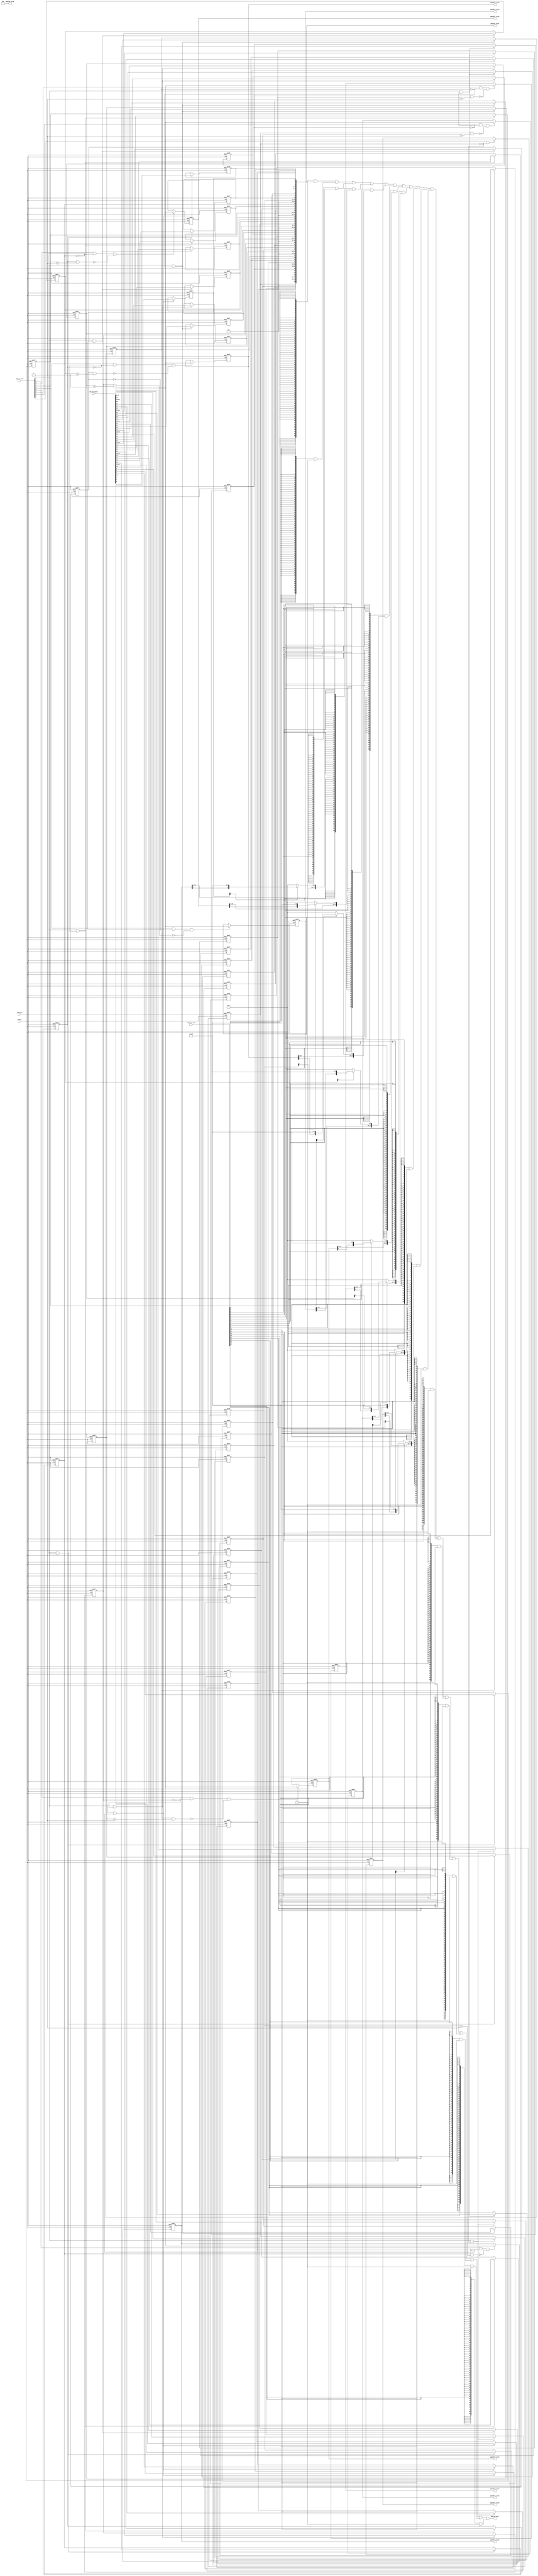
/*Copyright 2020-2021 T-Head Semiconductor Co., Ltd.

Licensed under the Apache License, Version 2.0 (the "License");
you may not use this file except in compliance with the License.
You may obtain a copy of the License at

    http://www.apache.org/licenses/LICENSE-2.0

Unless required by applicable law or agreed to in writing, software
distributed under the License is distributed on an "AS IS" BASIS,
WITHOUT WARRANTIES OR CONDITIONS OF ANY KIND, either express or implied.
See the License for the specific language governing permissions and
limitations under the License.
*/
module aq_pmp_regs(
  cp0_pmp_wdata,
  cpuclk,
  cpurst_b,
  pmp_cp0_data,
  pmp_csr_sel,
  pmp_csr_wen,
  pmpaddr0_value,
  pmpaddr1_value,
  pmpaddr2_value,
  pmpaddr3_value,
  pmpaddr4_value,
  pmpaddr5_value,
  pmpaddr6_value,
  pmpaddr7_value,
  pmpcfg0_value,
  pmpcfg2_value
);

// &Ports; @24
input   [63:0]  cp0_pmp_wdata;      
input           cpuclk;             
input           cpurst_b;           
input   [17:0]  pmp_csr_sel;        
input   [17:0]  pmp_csr_wen;        
output  [63:0]  pmp_cp0_data;       
output  [28:0]  pmpaddr0_value;     
output  [28:0]  pmpaddr1_value;     
output  [28:0]  pmpaddr2_value;     
output  [28:0]  pmpaddr3_value;     
output  [28:0]  pmpaddr4_value;     
output  [28:0]  pmpaddr5_value;     
output  [28:0]  pmpaddr6_value;     
output  [28:0]  pmpaddr7_value;     
output  [63:0]  pmpcfg0_value;      
output  [63:0]  pmpcfg2_value;      

// &Regs; @25
reg     [1 :0]  pmp0cfg_addr_mode;  
reg             pmp0cfg_executeable; 
reg             pmp0cfg_lock;       
reg             pmp0cfg_readable;   
reg             pmp0cfg_writable;   
reg     [1 :0]  pmp1cfg_addr_mode;  
reg             pmp1cfg_executeable; 
reg             pmp1cfg_lock;       
reg             pmp1cfg_readable;   
reg             pmp1cfg_writable;   
reg     [1 :0]  pmp2cfg_addr_mode;  
reg             pmp2cfg_executeable; 
reg             pmp2cfg_lock;       
reg             pmp2cfg_readable;   
reg             pmp2cfg_writable;   
reg     [1 :0]  pmp3cfg_addr_mode;  
reg             pmp3cfg_executeable; 
reg             pmp3cfg_lock;       
reg             pmp3cfg_readable;   
reg             pmp3cfg_writable;   
reg     [1 :0]  pmp4cfg_addr_mode;  
reg             pmp4cfg_executeable; 
reg             pmp4cfg_lock;       
reg             pmp4cfg_readable;   
reg             pmp4cfg_writable;   
reg     [1 :0]  pmp5cfg_addr_mode;  
reg             pmp5cfg_executeable; 
reg             pmp5cfg_lock;       
reg             pmp5cfg_readable;   
reg             pmp5cfg_writable;   
reg     [1 :0]  pmp6cfg_addr_mode;  
reg             pmp6cfg_executeable; 
reg             pmp6cfg_lock;       
reg             pmp6cfg_readable;   
reg             pmp6cfg_writable;   
reg     [1 :0]  pmp7cfg_addr_mode;  
reg             pmp7cfg_executeable; 
reg             pmp7cfg_lock;       
reg             pmp7cfg_readable;   
reg             pmp7cfg_writable;   
reg     [28:0]  pmpaddr0_value;     
reg     [28:0]  pmpaddr1_value;     
reg     [28:0]  pmpaddr2_value;     
reg     [28:0]  pmpaddr3_value;     
reg     [28:0]  pmpaddr4_value;     
reg     [28:0]  pmpaddr5_value;     
reg     [28:0]  pmpaddr6_value;     
reg     [28:0]  pmpaddr7_value;     

// &Wires; @26
wire    [63:0]  cp0_pmp_wdata;      
wire            cpuclk;             
wire            cpurst_b;           
wire    [63:0]  pmp_cp0_data;       
wire    [17:0]  pmp_csr_sel;        
wire    [17:0]  pmp_csr_wen;        
wire            pmp_updt_pmp0cfg;   
wire            pmp_updt_pmp1cfg;   
wire            pmp_updt_pmp2cfg;   
wire            pmp_updt_pmp3cfg;   
wire            pmp_updt_pmp4cfg;   
wire            pmp_updt_pmp5cfg;   
wire            pmp_updt_pmp6cfg;   
wire            pmp_updt_pmp7cfg;   
wire            pmp_updt_pmpaddr0;  
wire            pmp_updt_pmpaddr1;  
wire            pmp_updt_pmpaddr2;  
wire            pmp_updt_pmpaddr3;  
wire            pmp_updt_pmpaddr4;  
wire            pmp_updt_pmpaddr5;  
wire            pmp_updt_pmpaddr6;  
wire            pmp_updt_pmpaddr7;  
wire    [9 :0]  pmpaddr0_low;       
wire    [9 :0]  pmpaddr10_low;      
wire    [28:0]  pmpaddr10_value;    
wire    [9 :0]  pmpaddr11_low;      
wire    [28:0]  pmpaddr11_value;    
wire    [9 :0]  pmpaddr12_low;      
wire    [28:0]  pmpaddr12_value;    
wire    [9 :0]  pmpaddr13_low;      
wire    [28:0]  pmpaddr13_value;    
wire    [9 :0]  pmpaddr14_low;      
wire    [28:0]  pmpaddr14_value;    
wire    [9 :0]  pmpaddr15_low;      
wire    [28:0]  pmpaddr15_value;    
wire    [9 :0]  pmpaddr1_low;       
wire    [9 :0]  pmpaddr2_low;       
wire    [9 :0]  pmpaddr3_low;       
wire    [9 :0]  pmpaddr4_low;       
wire    [9 :0]  pmpaddr5_low;       
wire    [9 :0]  pmpaddr6_low;       
wire    [9 :0]  pmpaddr7_low;       
wire    [9 :0]  pmpaddr8_low;       
wire    [28:0]  pmpaddr8_value;     
wire    [9 :0]  pmpaddr9_low;       
wire    [28:0]  pmpaddr9_value;     
wire    [63:0]  pmpcfg0_value;      
wire    [63:0]  pmpcfg2_value;      


parameter ADDR_WIDTH = 28+1;

// &Force("bus", "pmp_csr_wen", 17, 0); @30
//==========================================================
//                PMP Entry Configuration Register
//==========================================================
//------------------------------------------------
//pmpcfg0 register
//------------------------------------------------
assign pmp_updt_pmp0cfg = pmp_csr_wen[0] && !pmp0cfg_lock;
always @(posedge cpuclk or negedge cpurst_b)
begin
  if(!cpurst_b)
  begin
    pmp0cfg_readable       <= 1'b0;
    pmp0cfg_writable       <= 1'b0;
    pmp0cfg_executeable    <= 1'b0;
    pmp0cfg_addr_mode[1:0] <= 2'b0;
    pmp0cfg_lock           <= 1'b0;
  end
  else if(pmp_updt_pmp0cfg)
  begin
    pmp0cfg_readable       <= cp0_pmp_wdata[0];
    pmp0cfg_writable       <= cp0_pmp_wdata[1];
    pmp0cfg_executeable    <= cp0_pmp_wdata[2];
    pmp0cfg_addr_mode[1:0] <= cp0_pmp_wdata[4:3];
    pmp0cfg_lock           <= cp0_pmp_wdata[7];
  end
  else
  begin
    pmp0cfg_readable       <= pmp0cfg_readable;     
    pmp0cfg_writable       <= pmp0cfg_writable;     
    pmp0cfg_executeable    <= pmp0cfg_executeable;     
    pmp0cfg_addr_mode[1:0] <= pmp0cfg_addr_mode[1:0];
    pmp0cfg_lock           <= pmp0cfg_lock;     
  end
end

assign pmp_updt_pmp1cfg = pmp_csr_wen[0] && !pmp1cfg_lock;
always @(posedge cpuclk or negedge cpurst_b)
begin
  if(!cpurst_b)
  begin
    pmp1cfg_readable       <= 1'b0;
    pmp1cfg_writable       <= 1'b0;
    pmp1cfg_executeable    <= 1'b0;
    pmp1cfg_addr_mode[1:0] <= 2'b0;
    pmp1cfg_lock           <= 1'b0;
  end
  else if(pmp_updt_pmp1cfg)
  begin
    pmp1cfg_readable       <= cp0_pmp_wdata[8];
    pmp1cfg_writable       <= cp0_pmp_wdata[9];
    pmp1cfg_executeable    <= cp0_pmp_wdata[10];
    pmp1cfg_addr_mode[1:0] <= cp0_pmp_wdata[12:11];
    pmp1cfg_lock           <= cp0_pmp_wdata[15];
  end
  else
  begin
    pmp1cfg_readable       <= pmp1cfg_readable;     
    pmp1cfg_writable       <= pmp1cfg_writable;     
    pmp1cfg_executeable    <= pmp1cfg_executeable;     
    pmp1cfg_addr_mode[1:0] <= pmp1cfg_addr_mode[1:0];
    pmp1cfg_lock           <= pmp1cfg_lock;     
  end
end

assign pmp_updt_pmp2cfg = pmp_csr_wen[0] && !pmp2cfg_lock;
always @(posedge cpuclk or negedge cpurst_b)
begin
  if(!cpurst_b)
  begin
    pmp2cfg_readable       <= 1'b0;
    pmp2cfg_writable       <= 1'b0;
    pmp2cfg_executeable    <= 1'b0;
    pmp2cfg_addr_mode[1:0] <= 2'b0;
    pmp2cfg_lock           <= 1'b0;
  end
  else if(pmp_updt_pmp2cfg)
  begin
    pmp2cfg_readable       <= cp0_pmp_wdata[16];
    pmp2cfg_writable       <= cp0_pmp_wdata[17];
    pmp2cfg_executeable    <= cp0_pmp_wdata[18];
    pmp2cfg_addr_mode[1:0] <= cp0_pmp_wdata[20:19];
    pmp2cfg_lock           <= cp0_pmp_wdata[23];
  end
  else
  begin
    pmp2cfg_readable       <= pmp2cfg_readable;     
    pmp2cfg_writable       <= pmp2cfg_writable;     
    pmp2cfg_executeable    <= pmp2cfg_executeable;     
    pmp2cfg_addr_mode[1:0] <= pmp2cfg_addr_mode[1:0];
    pmp2cfg_lock           <= pmp2cfg_lock;     
  end
end

assign pmp_updt_pmp3cfg = pmp_csr_wen[0] && !pmp3cfg_lock;
always @(posedge cpuclk or negedge cpurst_b)
begin
  if(!cpurst_b)
  begin
    pmp3cfg_readable       <= 1'b0;
    pmp3cfg_writable       <= 1'b0;
    pmp3cfg_executeable    <= 1'b0;
    pmp3cfg_addr_mode[1:0] <= 2'b0;
    pmp3cfg_lock           <= 1'b0;
  end
  else if(pmp_updt_pmp3cfg)
  begin
    pmp3cfg_readable       <= cp0_pmp_wdata[24];
    pmp3cfg_writable       <= cp0_pmp_wdata[25];
    pmp3cfg_executeable    <= cp0_pmp_wdata[26];
    pmp3cfg_addr_mode[1:0] <= cp0_pmp_wdata[28:27];
    pmp3cfg_lock           <= cp0_pmp_wdata[31];
  end
  else
  begin
    pmp3cfg_readable       <= pmp3cfg_readable;     
    pmp3cfg_writable       <= pmp3cfg_writable;     
    pmp3cfg_executeable    <= pmp3cfg_executeable;     
    pmp3cfg_addr_mode[1:0] <= pmp3cfg_addr_mode[1:0];
    pmp3cfg_lock           <= pmp3cfg_lock;     
  end
end

assign pmp_updt_pmp4cfg = pmp_csr_wen[0] && !pmp4cfg_lock;
always @(posedge cpuclk or negedge cpurst_b)
begin
  if(!cpurst_b)
  begin
    pmp4cfg_readable       <= 1'b0;
    pmp4cfg_writable       <= 1'b0;
    pmp4cfg_executeable    <= 1'b0;
    pmp4cfg_addr_mode[1:0] <= 2'b0;
    pmp4cfg_lock           <= 1'b0;
  end
  else if(pmp_updt_pmp4cfg)
  begin
    pmp4cfg_readable        <= cp0_pmp_wdata[32];
    pmp4cfg_writable        <= cp0_pmp_wdata[33];
    pmp4cfg_executeable     <= cp0_pmp_wdata[34];
    pmp4cfg_addr_mode[1:0]  <= cp0_pmp_wdata[36:35];
    pmp4cfg_lock            <= cp0_pmp_wdata[39];
  end
  else
  begin
    pmp4cfg_readable       <= pmp4cfg_readable;     
    pmp4cfg_writable       <= pmp4cfg_writable;     
    pmp4cfg_executeable    <= pmp4cfg_executeable;     
    pmp4cfg_addr_mode[1:0] <= pmp4cfg_addr_mode[1:0];
    pmp4cfg_lock           <= pmp4cfg_lock;     
  end
end

assign pmp_updt_pmp5cfg = pmp_csr_wen[0] && !pmp5cfg_lock;
always @(posedge cpuclk or negedge cpurst_b)
begin
  if(!cpurst_b)
  begin
    pmp5cfg_readable       <= 1'b0;
    pmp5cfg_writable       <= 1'b0;
    pmp5cfg_executeable    <= 1'b0;
    pmp5cfg_addr_mode[1:0] <= 2'b0;
    pmp5cfg_lock           <= 1'b0;
  end
  else if(pmp_updt_pmp5cfg)
  begin
    pmp5cfg_readable       <= cp0_pmp_wdata[40];
    pmp5cfg_writable       <= cp0_pmp_wdata[41];
    pmp5cfg_executeable    <= cp0_pmp_wdata[42];
    pmp5cfg_addr_mode[1:0] <= cp0_pmp_wdata[44:43];
    pmp5cfg_lock           <= cp0_pmp_wdata[47];
  end
  else
  begin
    pmp5cfg_readable       <= pmp5cfg_readable;     
    pmp5cfg_writable       <= pmp5cfg_writable;     
    pmp5cfg_executeable    <= pmp5cfg_executeable;     
    pmp5cfg_addr_mode[1:0] <= pmp5cfg_addr_mode[1:0];
    pmp5cfg_lock           <= pmp5cfg_lock;     
  end
end

assign pmp_updt_pmp6cfg = pmp_csr_wen[0] && !pmp6cfg_lock;
always @(posedge cpuclk or negedge cpurst_b)
begin
  if(!cpurst_b)
  begin
    pmp6cfg_readable       <= 1'b0;
    pmp6cfg_writable       <= 1'b0;
    pmp6cfg_executeable    <= 1'b0;
    pmp6cfg_addr_mode[1:0] <= 2'b0;
    pmp6cfg_lock           <= 1'b0;
  end
  else if(pmp_updt_pmp6cfg)
  begin
    pmp6cfg_readable       <= cp0_pmp_wdata[48];
    pmp6cfg_writable       <= cp0_pmp_wdata[49];
    pmp6cfg_executeable    <= cp0_pmp_wdata[50];
    pmp6cfg_addr_mode[1:0] <= cp0_pmp_wdata[52:51];
    pmp6cfg_lock           <= cp0_pmp_wdata[55];
  end
  else
  begin
    pmp6cfg_readable       <= pmp6cfg_readable;     
    pmp6cfg_writable       <= pmp6cfg_writable;     
    pmp6cfg_executeable    <= pmp6cfg_executeable;     
    pmp6cfg_addr_mode[1:0] <= pmp6cfg_addr_mode[1:0];
    pmp6cfg_lock           <= pmp6cfg_lock;     
  end
end

assign pmp_updt_pmp7cfg = pmp_csr_wen[0] && !pmp7cfg_lock;
always @(posedge cpuclk or negedge cpurst_b)
begin
  if(!cpurst_b)
  begin
    pmp7cfg_readable       <= 1'b0;
    pmp7cfg_writable       <= 1'b0;
    pmp7cfg_executeable    <= 1'b0;
    pmp7cfg_addr_mode[1:0] <= 2'b0;
    pmp7cfg_lock           <= 1'b0;
  end
  else if(pmp_updt_pmp7cfg)
  begin
    pmp7cfg_readable       <= cp0_pmp_wdata[56];
    pmp7cfg_writable       <= cp0_pmp_wdata[57];
    pmp7cfg_executeable    <= cp0_pmp_wdata[58];
    pmp7cfg_addr_mode[1:0] <= cp0_pmp_wdata[60:59];
    pmp7cfg_lock           <= cp0_pmp_wdata[63];
  end
  else
  begin
    pmp7cfg_readable       <= pmp7cfg_readable;     
    pmp7cfg_writable       <= pmp7cfg_writable;     
    pmp7cfg_executeable    <= pmp7cfg_executeable;     
    pmp7cfg_addr_mode[1:0] <= pmp7cfg_addr_mode[1:0];
    pmp7cfg_lock           <= pmp7cfg_lock;     
  end
end

//------------------------------------------------
//pmpcfg1 register
//------------------------------------------------

// &Force("output","pmpcfg0_value"); @506
// &Force("output","pmpcfg2_value"); @507
assign pmpcfg0_value[31:0] = {pmp3cfg_lock,2'b0,pmp3cfg_addr_mode[1:0],pmp3cfg_executeable,pmp3cfg_writable,pmp3cfg_readable,
                              pmp2cfg_lock,2'b0,pmp2cfg_addr_mode[1:0],pmp2cfg_executeable,pmp2cfg_writable,pmp2cfg_readable,
                              pmp1cfg_lock,2'b0,pmp1cfg_addr_mode[1:0],pmp1cfg_executeable,pmp1cfg_writable,pmp1cfg_readable,
                              pmp0cfg_lock,2'b0,pmp0cfg_addr_mode[1:0],pmp0cfg_executeable,pmp0cfg_writable,pmp0cfg_readable};
assign pmpcfg0_value[63:32] = {pmp7cfg_lock,2'b0,pmp7cfg_addr_mode[1:0],pmp7cfg_executeable,pmp7cfg_writable,pmp7cfg_readable,
                              pmp6cfg_lock,2'b0,pmp6cfg_addr_mode[1:0],pmp6cfg_executeable,pmp6cfg_writable,pmp6cfg_readable,
                              pmp5cfg_lock,2'b0,pmp5cfg_addr_mode[1:0],pmp5cfg_executeable,pmp5cfg_writable,pmp5cfg_readable,
                              pmp4cfg_lock,2'b0,pmp4cfg_addr_mode[1:0],pmp4cfg_executeable,pmp4cfg_writable,pmp4cfg_readable};

assign pmpcfg2_value[63:0] = 64'b0;


//==========================================================
//                PMP Entry Address Register
//==========================================================
//------------------------------------------------
//pmpaddr0 register
//------------------------------------------------
assign pmp_updt_pmpaddr0 = pmp_csr_wen[2] && !pmpcfg0_value[7] && !(pmpcfg0_value[15] && (pmpcfg0_value[12:11] == 2'b01)) ;
always @(posedge cpuclk or negedge cpurst_b)
begin
  if(!cpurst_b)
    pmpaddr0_value[ADDR_WIDTH-1:0] <= {ADDR_WIDTH{1'b0}};
  else if(pmp_updt_pmpaddr0)
    pmpaddr0_value[ADDR_WIDTH-1:0] <= cp0_pmp_wdata[ADDR_WIDTH+8:9];
  else
    pmpaddr0_value[ADDR_WIDTH-1:0] <= pmpaddr0_value[ADDR_WIDTH-1:0];
end
// &Force("output","pmpaddr0_value"); @547
assign pmpaddr0_low[9:0] = pmp0cfg_addr_mode[1] ? {pmpaddr0_value[0], 9'h1ff} : {10{1'b0}};
assign pmpaddr1_low[9:0] = pmp1cfg_addr_mode[1] ? {pmpaddr1_value[0], 9'h1ff} : {10{1'b0}};
assign pmpaddr2_low[9:0] = pmp2cfg_addr_mode[1] ? {pmpaddr2_value[0], 9'h1ff} : {10{1'b0}};
assign pmpaddr3_low[9:0] = pmp3cfg_addr_mode[1] ? {pmpaddr3_value[0], 9'h1ff} : {10{1'b0}};
assign pmpaddr4_low[9:0] = pmp4cfg_addr_mode[1] ? {pmpaddr4_value[0], 9'h1ff} : {10{1'b0}};
assign pmpaddr5_low[9:0] = pmp5cfg_addr_mode[1] ? {pmpaddr5_value[0], 9'h1ff} : {10{1'b0}};
assign pmpaddr6_low[9:0] = pmp6cfg_addr_mode[1] ? {pmpaddr6_value[0], 9'h1ff} : {10{1'b0}};
assign pmpaddr7_low[9:0] = pmp7cfg_addr_mode[1] ? {pmpaddr7_value[0], 9'h1ff} : {10{1'b0}};

assign pmp_updt_pmpaddr1 = pmp_csr_wen[3] && !pmpcfg0_value[15] && !(pmpcfg0_value[23] && (pmpcfg0_value[20:19] == 2'b01));
always @(posedge cpuclk or negedge cpurst_b)
begin
  if(!cpurst_b)
    pmpaddr1_value[ADDR_WIDTH-1:0] <= {ADDR_WIDTH{1'b0}};
  else if(pmp_updt_pmpaddr1)
    pmpaddr1_value[ADDR_WIDTH-1:0] <= cp0_pmp_wdata[ADDR_WIDTH+8:9];
  else
    pmpaddr1_value[ADDR_WIDTH-1:0] <= pmpaddr1_value[ADDR_WIDTH-1:0];
end
// &Force("output","pmpaddr1_value"); @567

assign pmp_updt_pmpaddr2 = pmp_csr_wen[4] && !pmpcfg0_value[23] && !(pmpcfg0_value[31] && (pmpcfg0_value[28:27] == 2'b01));
always @(posedge cpuclk or negedge cpurst_b)
begin
  if(!cpurst_b)
    pmpaddr2_value[ADDR_WIDTH-1:0] <= {ADDR_WIDTH{1'b0}};
  else if(pmp_updt_pmpaddr2)
    pmpaddr2_value[ADDR_WIDTH-1:0] <= cp0_pmp_wdata[ADDR_WIDTH+8:9];
  else
    pmpaddr2_value[ADDR_WIDTH-1:0] <= pmpaddr2_value[ADDR_WIDTH-1:0];
end
// &Force("output","pmpaddr2_value"); @579

assign pmp_updt_pmpaddr3 = pmp_csr_wen[5] && !pmpcfg0_value[31] && !(pmpcfg0_value[39] && (pmpcfg0_value[36:35] == 2'b01));
always @(posedge cpuclk or negedge cpurst_b)
begin
  if(!cpurst_b)
    pmpaddr3_value[ADDR_WIDTH-1:0] <= {ADDR_WIDTH{1'b0}};
  else if(pmp_updt_pmpaddr3)
    pmpaddr3_value[ADDR_WIDTH-1:0] <= cp0_pmp_wdata[ADDR_WIDTH+8:9];
  else
    pmpaddr3_value[ADDR_WIDTH-1:0] <= pmpaddr3_value[ADDR_WIDTH-1:0];
end
// &Force("output","pmpaddr3_value"); @591

assign pmp_updt_pmpaddr4 = pmp_csr_wen[6] && !pmpcfg0_value[39] && !(pmpcfg0_value[47] && (pmpcfg0_value[44:43] == 2'b01));
always @(posedge cpuclk or negedge cpurst_b)
begin
  if(!cpurst_b)
    pmpaddr4_value[ADDR_WIDTH-1:0] <= {ADDR_WIDTH{1'b0}};
  else if(pmp_updt_pmpaddr4)
    pmpaddr4_value[ADDR_WIDTH-1:0] <= cp0_pmp_wdata[ADDR_WIDTH+8:9];
  else
    pmpaddr4_value[ADDR_WIDTH-1:0] <= pmpaddr4_value[ADDR_WIDTH-1:0];
end
// &Force("output","pmpaddr4_value"); @603

assign pmp_updt_pmpaddr5 = pmp_csr_wen[7] && !pmpcfg0_value[47] && !(pmpcfg0_value[55] && (pmpcfg0_value[52:51] == 2'b01));
always @(posedge cpuclk or negedge cpurst_b)
begin
  if(!cpurst_b)
    pmpaddr5_value[ADDR_WIDTH-1:0] <= {ADDR_WIDTH{1'b0}};
  else if(pmp_updt_pmpaddr5)
    pmpaddr5_value[ADDR_WIDTH-1:0] <= cp0_pmp_wdata[ADDR_WIDTH+8:9];
  else
    pmpaddr5_value[ADDR_WIDTH-1:0] <= pmpaddr5_value[ADDR_WIDTH-1:0];
end
// &Force("output","pmpaddr5_value"); @615

assign pmp_updt_pmpaddr6 = pmp_csr_wen[8] && !pmpcfg0_value[55] && !(pmpcfg0_value[63] && (pmpcfg0_value[60:59] == 2'b01));
always @(posedge cpuclk or negedge cpurst_b)
begin
  if(!cpurst_b)
    pmpaddr6_value[ADDR_WIDTH-1:0] <= {ADDR_WIDTH{1'b0}};
  else if(pmp_updt_pmpaddr6)
    pmpaddr6_value[ADDR_WIDTH-1:0] <= cp0_pmp_wdata[ADDR_WIDTH+8:9];
  else
    pmpaddr6_value[ADDR_WIDTH-1:0] <= pmpaddr6_value[ADDR_WIDTH-1:0];
end
// &Force("output","pmpaddr6_value"); @627

assign pmp_updt_pmpaddr7 = pmp_csr_wen[9] && !pmpcfg0_value[63] && !(pmpcfg2_value[7] && (pmpcfg2_value[4:3] == 2'b01));
always @(posedge cpuclk or negedge cpurst_b)
begin
  if(!cpurst_b)
    pmpaddr7_value[ADDR_WIDTH-1:0] <= {ADDR_WIDTH{1'b0}};
  else if(pmp_updt_pmpaddr7)
    pmpaddr7_value[ADDR_WIDTH-1:0] <= cp0_pmp_wdata[ADDR_WIDTH+8:9];
  else
    pmpaddr7_value[ADDR_WIDTH-1:0] <= pmpaddr7_value[ADDR_WIDTH-1:0];
end
// &Force("output","pmpaddr7_value"); @639

assign pmpaddr8_value[ADDR_WIDTH-1:0]  = {ADDR_WIDTH{1'b0}};
assign pmpaddr9_value[ADDR_WIDTH-1:0]  = {ADDR_WIDTH{1'b0}};
assign pmpaddr10_value[ADDR_WIDTH-1:0] = {ADDR_WIDTH{1'b0}};
assign pmpaddr11_value[ADDR_WIDTH-1:0] = {ADDR_WIDTH{1'b0}};
assign pmpaddr12_value[ADDR_WIDTH-1:0] = {ADDR_WIDTH{1'b0}};
assign pmpaddr13_value[ADDR_WIDTH-1:0] = {ADDR_WIDTH{1'b0}};
assign pmpaddr14_value[ADDR_WIDTH-1:0] = {ADDR_WIDTH{1'b0}};
assign pmpaddr15_value[ADDR_WIDTH-1:0] = {ADDR_WIDTH{1'b0}};

assign pmpaddr8_low[9:0]  = {10{1'b0}};
assign pmpaddr9_low[9:0]  = {10{1'b0}};
assign pmpaddr10_low[9:0] = {10{1'b0}};
assign pmpaddr11_low[9:0] = {10{1'b0}};
assign pmpaddr12_low[9:0] = {10{1'b0}};
assign pmpaddr13_low[9:0] = {10{1'b0}};
assign pmpaddr14_low[9:0] = {10{1'b0}};
assign pmpaddr15_low[9:0] = {10{1'b0}};

// &Force("output","pmpaddr8_value"); @672
// &Force("output","pmpaddr9_value"); @684
// &Force("output","pmpaddr10_value"); @696
// &Force("output","pmpaddr11_value"); @708
// &Force("output","pmpaddr12_value"); @720
// &Force("output","pmpaddr13_value"); @732
// &Force("output","pmpaddr14_value"); @744
// &Force("output","pmpaddr15_value"); @756


//----------------------------------------------------------
//  Interface to CP0
//----------------------------------------------------------
assign pmp_cp0_data[63:0]  = {64{pmp_csr_sel[0]}}  & pmpcfg0_value[63:0] 
                           | {64{pmp_csr_sel[1]}}  & pmpcfg2_value[63:0]
                           | {64{pmp_csr_sel[2]}}  & {{(64-ADDR_WIDTH-9){1'b0}}, pmpaddr0_value[ADDR_WIDTH-1:1],  pmpaddr0_low[9:0]}
                           | {64{pmp_csr_sel[3]}}  & {{(64-ADDR_WIDTH-9){1'b0}}, pmpaddr1_value[ADDR_WIDTH-1:1],  pmpaddr1_low[9:0]}
                           | {64{pmp_csr_sel[4]}}  & {{(64-ADDR_WIDTH-9){1'b0}}, pmpaddr2_value[ADDR_WIDTH-1:1],  pmpaddr2_low[9:0]}
                           | {64{pmp_csr_sel[5]}}  & {{(64-ADDR_WIDTH-9){1'b0}}, pmpaddr3_value[ADDR_WIDTH-1:1],  pmpaddr3_low[9:0]}
                           | {64{pmp_csr_sel[6]}}  & {{(64-ADDR_WIDTH-9){1'b0}}, pmpaddr4_value[ADDR_WIDTH-1:1],  pmpaddr4_low[9:0]}
                           | {64{pmp_csr_sel[7]}}  & {{(64-ADDR_WIDTH-9){1'b0}}, pmpaddr5_value[ADDR_WIDTH-1:1],  pmpaddr5_low[9:0]}
                           | {64{pmp_csr_sel[8]}}  & {{(64-ADDR_WIDTH-9){1'b0}}, pmpaddr6_value[ADDR_WIDTH-1:1],  pmpaddr6_low[9:0]}
                           | {64{pmp_csr_sel[9]}}  & {{(64-ADDR_WIDTH-9){1'b0}}, pmpaddr7_value[ADDR_WIDTH-1:1],  pmpaddr7_low[9:0]}
                           | {64{pmp_csr_sel[10]}} & {{(64-ADDR_WIDTH-9){1'b0}}, pmpaddr8_value[ADDR_WIDTH-1:1],  pmpaddr8_low[9:0]}
                           | {64{pmp_csr_sel[11]}} & {{(64-ADDR_WIDTH-9){1'b0}}, pmpaddr9_value[ADDR_WIDTH-1:1],  pmpaddr9_low[9:0]}
                           | {64{pmp_csr_sel[12]}} & {{(64-ADDR_WIDTH-9){1'b0}}, pmpaddr10_value[ADDR_WIDTH-1:1], pmpaddr10_low[9:0]}
                           | {64{pmp_csr_sel[13]}} & {{(64-ADDR_WIDTH-9){1'b0}}, pmpaddr11_value[ADDR_WIDTH-1:1], pmpaddr11_low[9:0]}
                           | {64{pmp_csr_sel[14]}} & {{(64-ADDR_WIDTH-9){1'b0}}, pmpaddr12_value[ADDR_WIDTH-1:1], pmpaddr12_low[9:0]}
                           | {64{pmp_csr_sel[15]}} & {{(64-ADDR_WIDTH-9){1'b0}}, pmpaddr13_value[ADDR_WIDTH-1:1], pmpaddr13_low[9:0]}
                           | {64{pmp_csr_sel[16]}} & {{(64-ADDR_WIDTH-9){1'b0}}, pmpaddr14_value[ADDR_WIDTH-1:1], pmpaddr14_low[9:0]}
                           | {64{pmp_csr_sel[17]}} & {{(64-ADDR_WIDTH-9){1'b0}}, pmpaddr15_value[ADDR_WIDTH-1:1], pmpaddr15_low[9:0]};

// &ModuleEnd; @791
endmodule